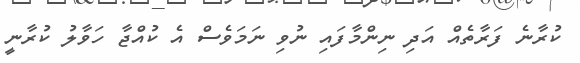
ކުރާނެ ފަރާތެއް އަދި ނިންމާފައި ނުވި ނަމަވެސް އެ ކުއްޖާ ހަވާލު ކުރާނީ